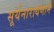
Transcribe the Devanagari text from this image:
सूर्यनारायणाने